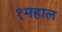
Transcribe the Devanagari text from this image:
१महाल